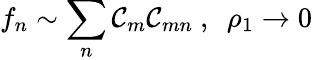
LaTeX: f_{n}\sim\sum_{n}{\cal C}_{m}{\cal C}_{mn}\ ,\ \ \rho_{1}\rightarrow 0